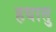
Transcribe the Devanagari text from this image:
हवातु